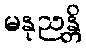
မနုညန္တိ